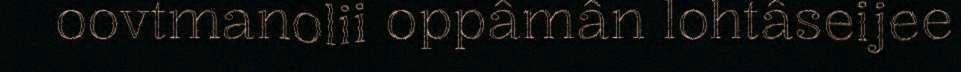
oovtmanolii oppâmân lohtâseijee